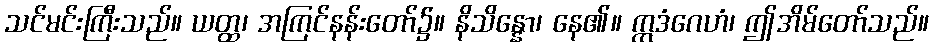
သင်မင်းကြီးသည်။ ယတ္ထ၊ အကြင်နန်းတော်၌။ နိသိန္နော၊ နေ၏။ ဣဒံဂေဟံ၊ ဤအိမ်တော်သည်။